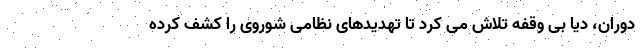
دوران، دیا بی وقفه تلاش می کرد تا تهدیدهای نظامی شوروی را کشف کرده